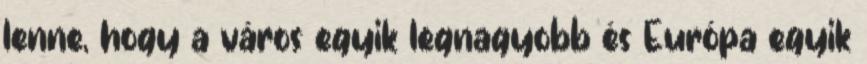
lenne, hogy a város egyik legnagyobb és Európa egyik